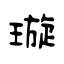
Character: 璇